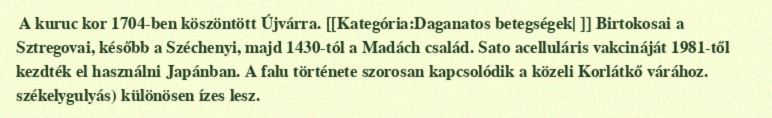
A kuruc kor 1704-ben köszöntött Újvárra. [[Kategória:Daganatos betegségek| ]] Birtokosai a Sztregovai, később a Széchenyi, majd 1430-tól a Madách család. Sato acelluláris vakcináját 1981-től kezdték el használni Japánban. A falu története szorosan kapcsolódik a közeli Korlátkő várához. székelygulyás) különösen ízes lesz.